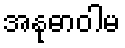
အနုဓာဝါမ